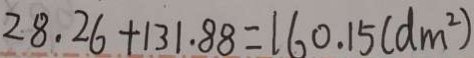
2 8 . 2 6 + 1 3 1 . 8 8 = 1 6 0 . 1 5 ( d m ^ { 2 } )